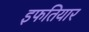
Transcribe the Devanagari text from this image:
इफतियार